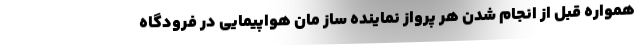
همواره قبل از انجام شدن هر پرواز نماینده ساز مان هواپیمایی در فرودگاه